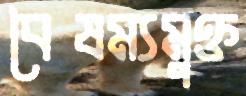
বৈষম্যমুক্ত